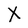
Character: X